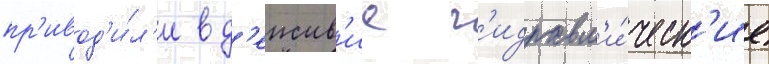
пр'ивод'и́л'и в д'еиств'ие г'идравл'и́ческ'ие